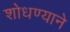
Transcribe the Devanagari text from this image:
शोधण्याने